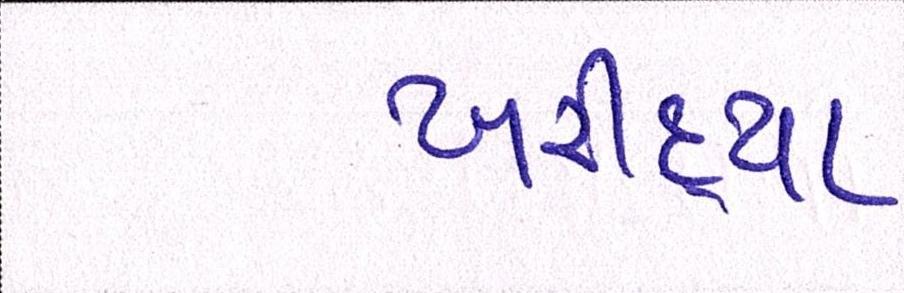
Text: ખરીદ્યા